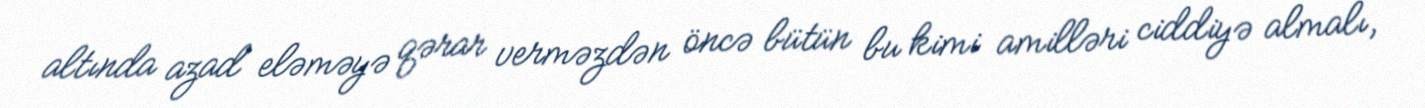
altında azad eləməyə qərar verməzdən öncə bütün bu kimi amilləri ciddiyə almalı,